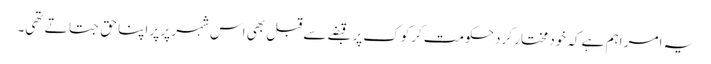
یہ امر اہم ہے کہ خود مختار کرد حکومت کرکوک پر قبضے سے قبل بھی اس شہر پر پر اپنا حق جتاتے تھی۔